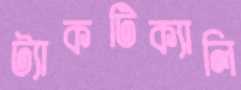
ট্যাকটিক্যালি